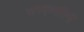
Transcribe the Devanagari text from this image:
जगद्व्यापिनीं